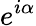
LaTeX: e^{i\alpha}